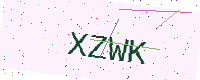
Text: XZWK